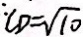
: C D = \sqrt { 1 0 }